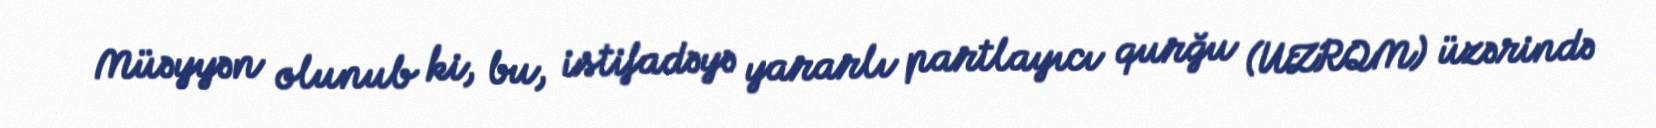
Müəyyən olunub ki, bu, istifadəyə yararlı partlayıcı qurğu (UZRQM) üzərində